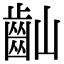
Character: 𪗘